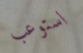
استوعب